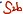
Text: S2b